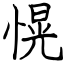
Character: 愰